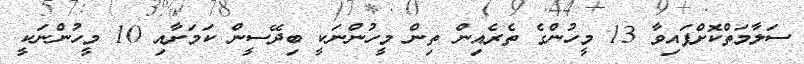
ސަލާމަތްކޮށްފައިވާ 13 މީހުންގެ ތެރެއިން ތިން މީހުންނަކީ ބިދޭސީން ކަމަށާއި 10 މީހުންނަކީ